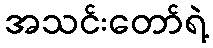
အသင်းတော်ရဲ့